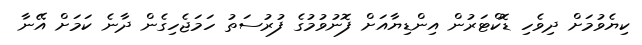
ކިޔެވުމަށް ދިވެހި ޑޮކްޓަރުން އިންޑިޔާއަށް ފޮނުވުމުގެ ފުރުސަތު ހަމަޖެހިގެން ދާނެ ކަމަށް އޭނާ